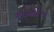
સાલોજ